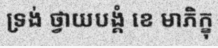
ទ្រង់ ថ្វាយបង្គំ ខេ មាភិក្ខុ